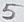
Text: 5